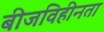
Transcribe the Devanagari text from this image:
बीजविहीनता